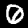
Label: 0